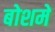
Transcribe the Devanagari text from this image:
बोशमें